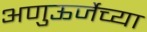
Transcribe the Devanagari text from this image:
अणुऊर्जेच्या